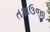
તકાઉજી